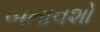
બતાવશો